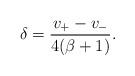
LaTeX: \begin{align*}\delta=\frac{v_+-v_-}{4(\beta+1)}.\end{align*}